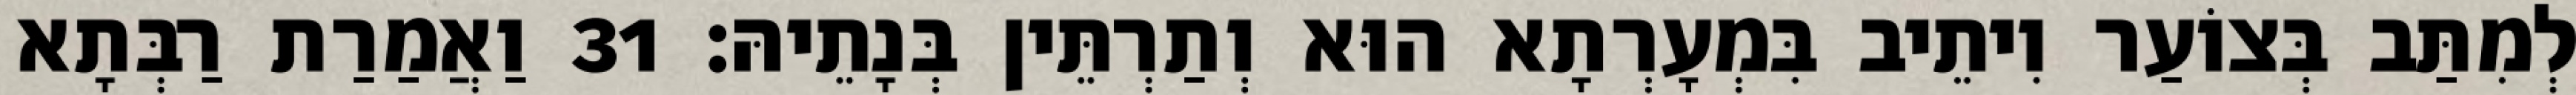
לְמִתַּב בְּצוֹעַר וִיתֵיב בִּמְעָרְתָא הוּא וְתַרְתֵּין בְּנָתֵיהּ׃ 31 וַאֲמַרַת רַבְּתָא